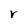
Character: r